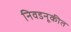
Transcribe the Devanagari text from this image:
निवडनूकीत